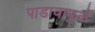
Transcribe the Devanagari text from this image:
पाडावामुळे